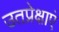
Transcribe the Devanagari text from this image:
उतप्रेक्षाएं